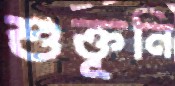
শুক্তূনি